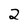
Character: 2